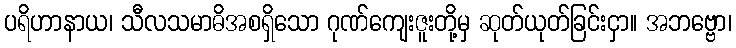
ပရိဟာနာယ၊ သီလသမာဓိအစရှိသော ဂုဏ်ကျေးဇူးတို့မှ ဆုတ်ယုတ်ခြင်းငှာ။ အဘဗ္ဗော၊